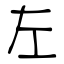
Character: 左